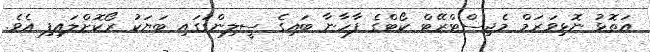
އަތޮޅު ނޮޅިވަރަމް މެޖިސްޓްރޭޓް ކޯޓްގެ ފާހާނާ ބައިގެ ސީލިންގުގައި ބަޔަކު ރޯކޮށްލައިފި އެވެ.